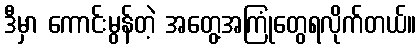
ဒီမှာ ကောင်းမွန်တဲ့ အတွေ့အကြုံတွေရလိုက်တယ်။